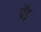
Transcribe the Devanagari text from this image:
पेंड़